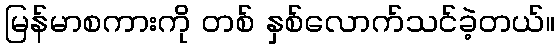
မြန်မာစကားကို တစ် နှစ်လောက်သင်ခဲ့တယ်။